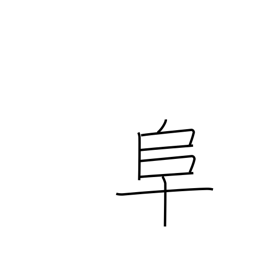
Meaning: left village radical (no. 170)